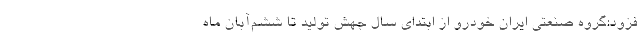
فزود:گروه صنعتی ایران خودرو از ابتدای سال جهش تولید تا ششم‌آبان ماه